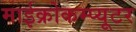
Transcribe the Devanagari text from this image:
माईक्रोकम्प्यूटर